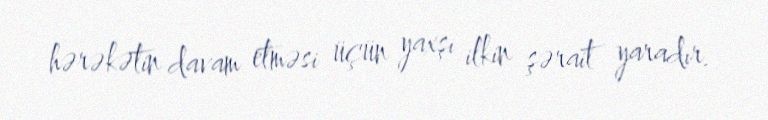
hərəkətin davam etməsi üçün yaxşı ilkin şərait yaradır.